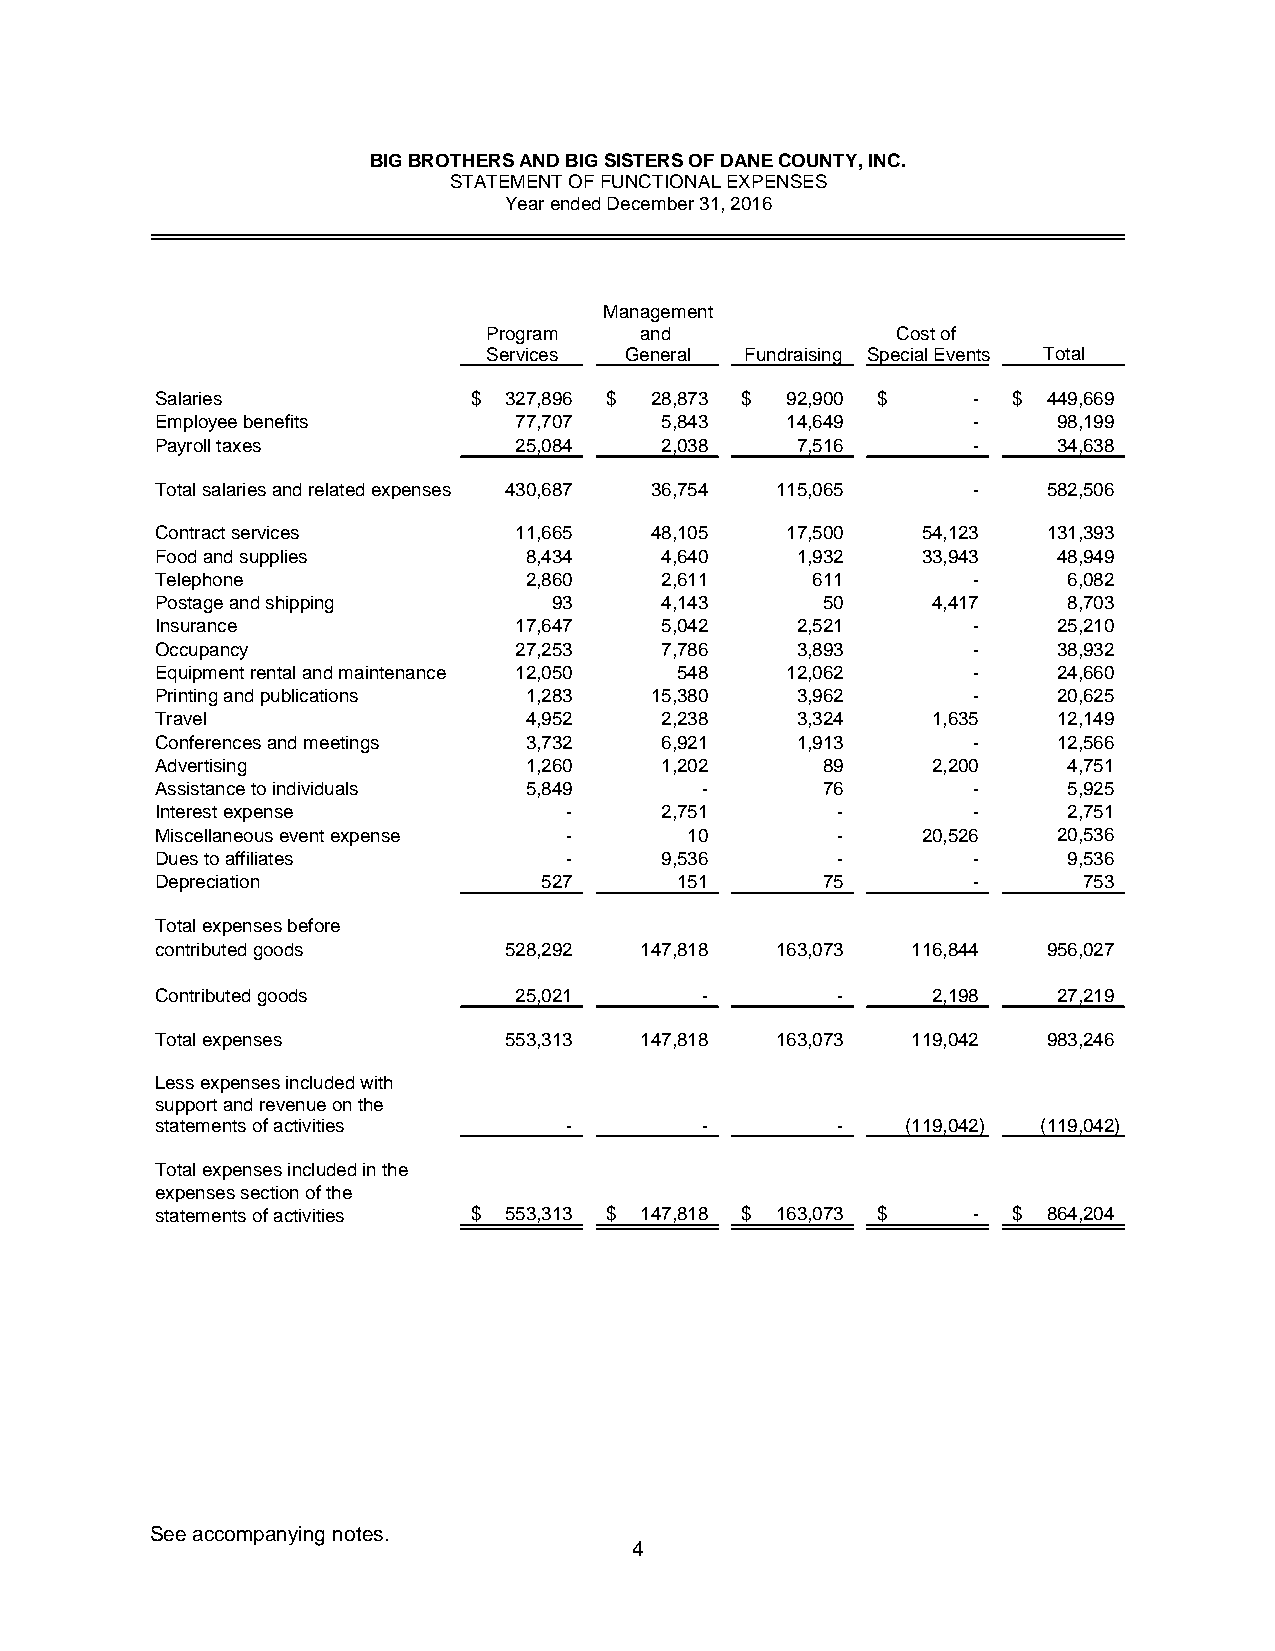
BIG BROTHERS AND BIG SISTERS OF DANE COUNTY, INC.
 STATEMENT OF FUNCTIONAL EXPENSES
 Year ended December 31, 2016
 Management
 Program   and              Cost of
 Services General Fundraising Special Events Total
 Salaries             $ 327,896 $ 28,873 $ 92,900 $    -  $ 449,669
 Employee benefits       77,707    5,843   14,649      -     98,199
 Payroll taxes           25,084    2,038    7,516      -     34,638
 Total salaries and related expenses 430,687 36,754 115,065 - 582,506
 Contract services       11,665   48,105   17,500   54,123  131,393
 Food and supplies        8,434    4,640    1,932   33,943   48,949
 Telephone                2,860    2,611     611       -      6,082
 Postage and shipping       93     4,143     50      4,417    8,703
 Insurance               17,647    5,042    2,521      -     25,210
 Occupancy               27,253    7,786    3,893      -     38,932
 Equipment rental and maintenance 12,050 548 12,062    -     24,660
 Printing and publications 1,283  15,380    3,962      -     20,625
 Travel                   4,952    2,238    3,324    1,635   12,149
 Conferences and meetings 3,732    6,921    1,913      -     12,566
 Advertising              1,260    1,202     89      2,200    4,751
 Assistance to individuals 5,849     -       76        -      5,925
 Interest expense           -      2,751      -        -      2,751
 Miscellaneous event expense -      10        -     20,526   20,536
 Dues to affiliates         -      9,536      -        -      9,536
 Depreciation              527      151      75        -       753
 Total expenses before
 contributed goods      528,292  147,818  163,073  116,844  956,027
 Contributed goods       25,021      -        -      2,198   27,219
 Total expenses         553,313  147,818  163,073  119,042  983,246
 Less expenses included with
 support and revenue on the
 statements of activities   -        -        -    (119,042) (119,042)
 Total expenses included in the
 expenses section of the
 statements of activities $ 553,313 $ 147,818 $ 163,073 $ - $ 864,204
 See accompanying notes.
 4